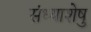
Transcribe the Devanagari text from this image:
संध्याशेषु